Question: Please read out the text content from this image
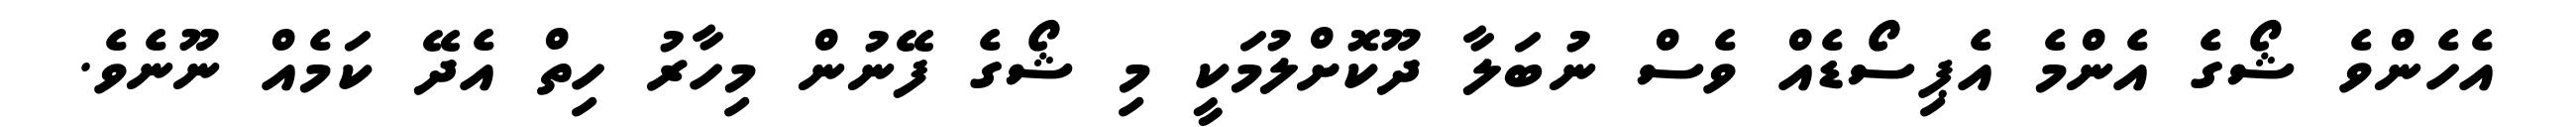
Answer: އެހެންވެ ޝޯގެ އެންމެ އެޕިސޯޑެއް ވެސް ނުބަލާ ދޫކޮށްލުމަކީ މި ޝޯގެ ފޭނުން މިހާރު ހިތް އެދޭ ކަމެއް ނޫނެވެ.